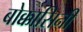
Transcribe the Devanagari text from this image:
बोक्कासिनी